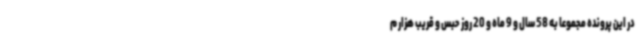
در این پرونده مجموعا به 58 سال و 9 ماه و 20 روز حبس و قریب هزار م